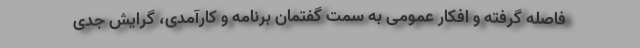
فاصله گرفته و افکار عمومی به سمت گفتمان برنامه و کارآمدی، گرایش جدی